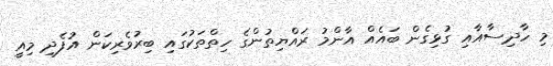
މި ހާދިސާއާއި ގުޅިގެން ބައެއް އާންމު ރައްޔިތުންގެ ހިތްތަކުގައި ބިރުވެރިކަން އުފެދި މިއީ